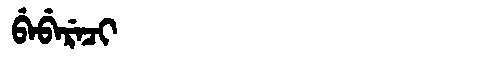
Manchu: ᠪᡝᠪᡝᡵᡝᠴᡳ
Romanization: BEBERECI